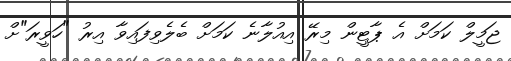
ޖަމީލް ކަމަށް އެ ޕާޓީން މިރޭ އިއުލާނެ ކަމަށް ބެލެވިފައިވާ އިރު "ހަވީރަ"ށް